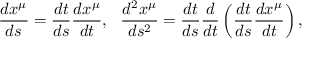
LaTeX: \frac { d x ^ { \mu } } { d s } = \frac { d t } { d s } \frac { d x ^ { \mu } } { d t } , \, \, \, \, \frac { d ^ { 2 } x ^ { \mu } } { d s ^ { 2 } } = \frac { d t } { d s } \frac { d } { d t } \left( \frac { d t } { d s } \frac { d x ^ { \mu } } { d t } \right) ,